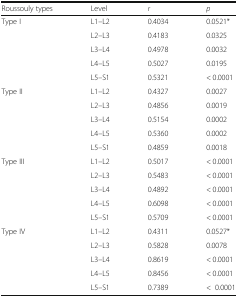
| Roussouly types | Level | r | p |
 | --- | --- | --- | --- |
 | <ROWSPAN=5> Type I | L1–L2 | 0.4034 | 0.0521* |
 | L2–L3 | 0.4183 | 0.0325 |
 | L3–L4 | 0.4978 | 0.0032 |
 | L4–L5 | 0.5027 | 0.0195 |
 | L5–S1 | 0.5321 | < 0.0001 |
 | <ROWSPAN=5> Type II | L1–L2 | 0.4327 | 0.0027 |
 | L2–L3 | 0.4856 | 0.0019 |
 | L3–L4 | 0.5154 | 0.0002 |
 | L4–L5 | 0.5360 | 0.0002 |
 | L5–S1 | 0.4859 | 0.0018 |
 | <ROWSPAN=5> Type III | L1–L2 | 0.5017 | < 0.0001 |
 | L2–L3 | 0.5483 | < 0.0001 |
 | L3–L4 | 0.4892 | < 0.0001 |
 | L4–L5 | 0.6098 | < 0.0001 |
 | L5–S1 | 0.5709 | < 0.0001 |
 | <ROWSPAN=5> Type IV | L1–L2 | 0.4311 | 0.0527* |
 | L2–L3 | 0.5828 | 0.0078 |
 | L3–L4 | 0.8619 | < 0.0001 |
 | L4–L5 | 0.8456 | < 0.0001 |
 | L5–S1 | 0.7389 | <0.0001 |